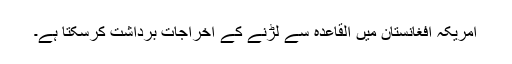
امریکہ افغانستان میں القاعدہ سے لڑنے کے اخراجات برداشت کرسکتا ہے۔